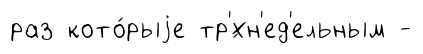
раз кото́рыjе тр'́хн'ед'ельным -